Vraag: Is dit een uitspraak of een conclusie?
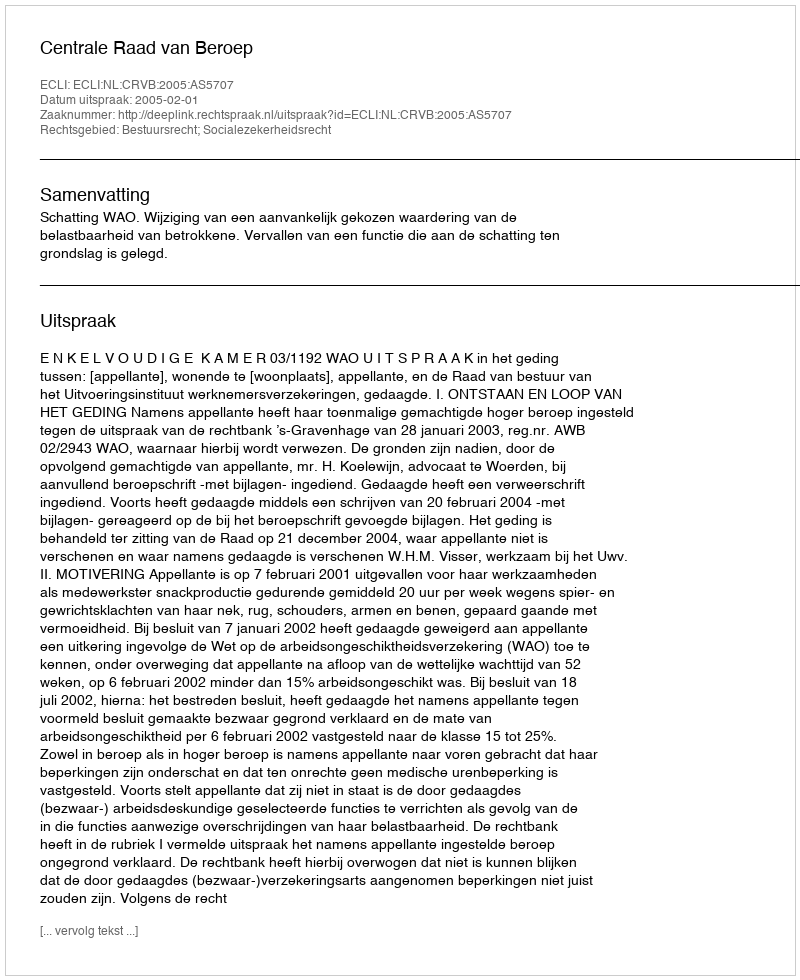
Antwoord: Uitspraak